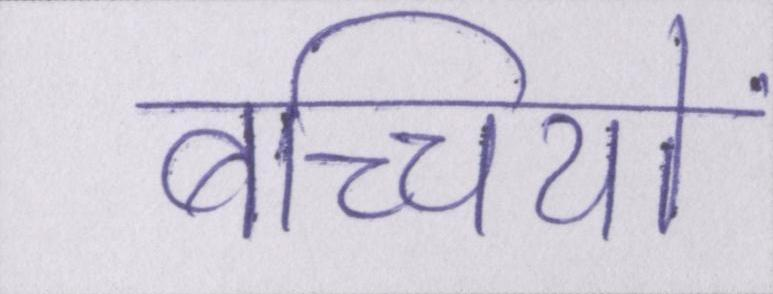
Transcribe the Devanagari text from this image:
बच्च्यिों